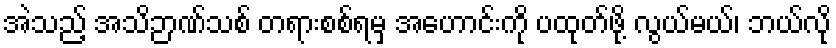
အဲသည့် အသိဉာဏ်သစ် တရားစစ်ရမှ အဟောင်းကို ပထုတ်ဖို့ လွယ်မယ်၊ ဘယ်လို